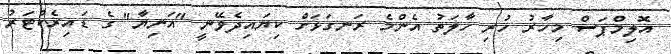
އޮލިމްޕަސް މިހާރު ހުރި ހާލަތު އެންމެ ރަނގަޅަށް ކިޔައިދެވޭނީ "އަނިޔާ" ގެ ޑައިރެކްޓަރު